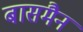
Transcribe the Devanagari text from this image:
बासमैन